Annual report of the Punjab Veterinary College and of the Civil Veterinary Department, Punjab - 1926-1932
Year: 1926
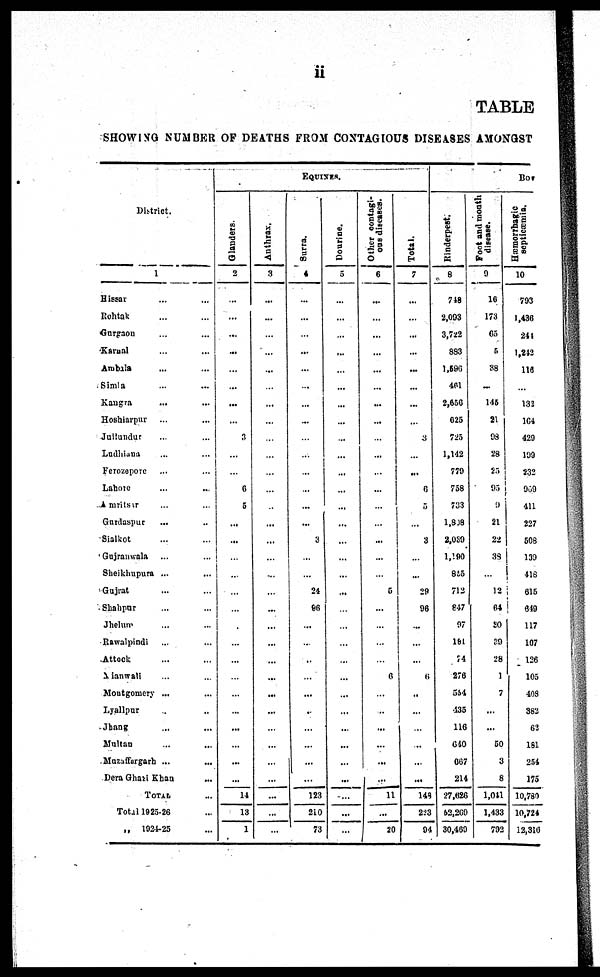
ii
TABLE
SHOWING NUMBER OF DEATHS FROM CONTAGIOUS DISEASES AMONGST
District.
1
Hissar ... ...
Rohtak ... ...
Gurgaon ... ...
Karnal ... ...
Ambala ... ...
Simla ... ...
Kangra ... ...
Hoshiarpur ... ...
Jullundur ... ...
Ludhiana ... ...
Ferozepore ... ...
Lahore ... ...
Amritsar ... ...
Gurdaspur ... ..
Sialkot ... ...
Gujranwala ... ...
Sheikhupura ... ...
Gujrat ... ...
Shahpur ... ...
Jhelum ... ...
Rawalpindi ... ...
Attock ... ...
Mianwali ... ...
Moutgomery ... ...
Lyallpur .. ..
Jhang ... ...
Multan ... ...
Mazuffargarh ... ...
Dera Ghazi Khan ...
TOTAL ...
Total 1925-26 ...
„ 1924-25 ...
EQUINES.
Glanders.
2
...
...
...
...
...
...
...
...
3
...
...
...
5
...
...
...
...
...
...
...
...
...
...
...
...
...
...
...
14
13
1
Anthrax.
3
...
...
...
...
...
...
...
...
...
...
...
...
...
...
...
...
...
...
...
...
...
...
...
...
...
...
...
...
...
...
...
...
Surra.
4
...
...
...
...
...
...
...
...
...
...
...
...
...
...
3
...
...
24
96
...
...
..
...
...
...
...
...
...
...
123
210
73
Dourine.
5
...
...
...
...
...
...
...
...
...
...
...
...
...
...
...
...
...
...
...
...
...
...
...
...
...
...
...
...
...
...
...
...
Other contagi-
ous diseases.
6
...
...
...
...
...
...
...
...
...
...
...
...
...
...
...
...
...
5
...
...
...
...
6
...
...
...
...
...
...
11
...
20
Total.
7
...
...
...
...
...
...
...
...
...
6
5
...
3
...
...
29
96
...
...
...
6
..
...
...
...
...
...
148
223
94
Bov
Rinderpest.
8
748
2,093
3,722
893
1,596
461
2,656
625
725
1,142
779
758
733
1,808
2,069
1,190
835
712
847
97
181
74
276
554
435
116
640
667
214
27,626
62,269
30,469
Foot and mouth
disease.
9
16
173
65
5
38
...
145
21
93
28
25
95
9
21
22
38
...
12
64
30
39
28
1
7
...
...
50
3
8
1,041
1,433
792
Hæmorrhagic
septicæmia.
10
793
1,436
241
1,242
116
...
132
164
429
199
232
909
411
227
508
139
418
615
649
117
107
126
105
408
382
62
181
254
175
10,780
10,724
12,316